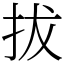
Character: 拔